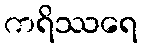
ကရိဿရေ